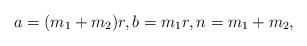
LaTeX: \begin{align*}a=(m_1+m_2)r,b=m_1r,n=m_1+m_2, \end{align*}